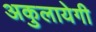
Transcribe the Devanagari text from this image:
अकुलायेगी